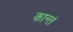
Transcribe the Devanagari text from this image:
कान्तं